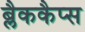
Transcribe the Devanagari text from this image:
ब्लैककैप्स